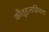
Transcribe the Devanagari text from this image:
कौतूहलप्रियता